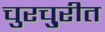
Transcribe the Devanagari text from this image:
चुरचु्रीत